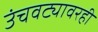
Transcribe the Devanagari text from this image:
उंचवट्यावरही